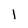
Character: 1